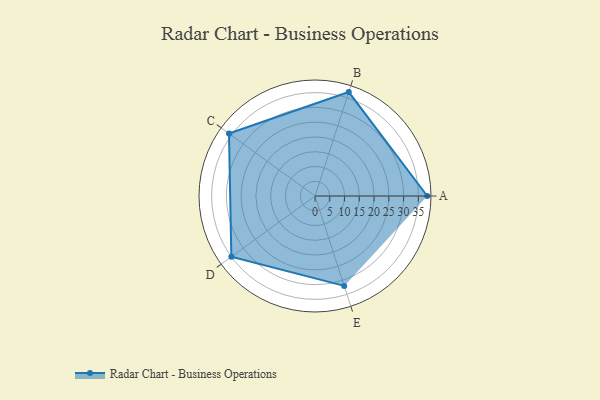
{"axis": {"x": "Skill", "y": "Score"}, "legend": ["Profile"], "data": [{"x": "A", "y": 38.0, "type": "Profile"}, {"x": "B", "y": 37.0, "type": "Profile"}, {"x": "C", "y": 36.0, "type": "Profile"}, {"x": "D", "y": 35.0, "type": "Profile"}, {"x": "E", "y": 32.0, "type": "Profile"}]}